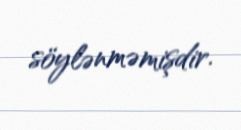
söylənməmişdir.